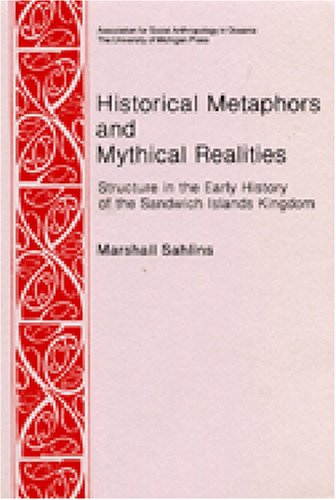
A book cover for Historical Metaphors and Mythical Realities: Structure in the Early History of the Sandwich Islands Kingdom (Canada, Origins and Options) (No 1); Marshall D. Sahlins; History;